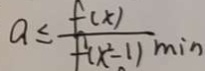
a \leq \frac { f ( x ) } { f ( x ^ { 2 } - 1 ) \min }